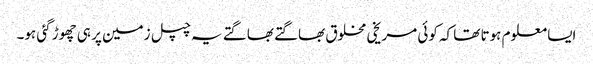
ایسا معلوم ہوتا تھا کہ کوئی مریخی مخلوق بھاگتے بھاگتے یہ چپل زمین پر ہی چھوڑ گئی ہو۔